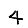
Digit: 4